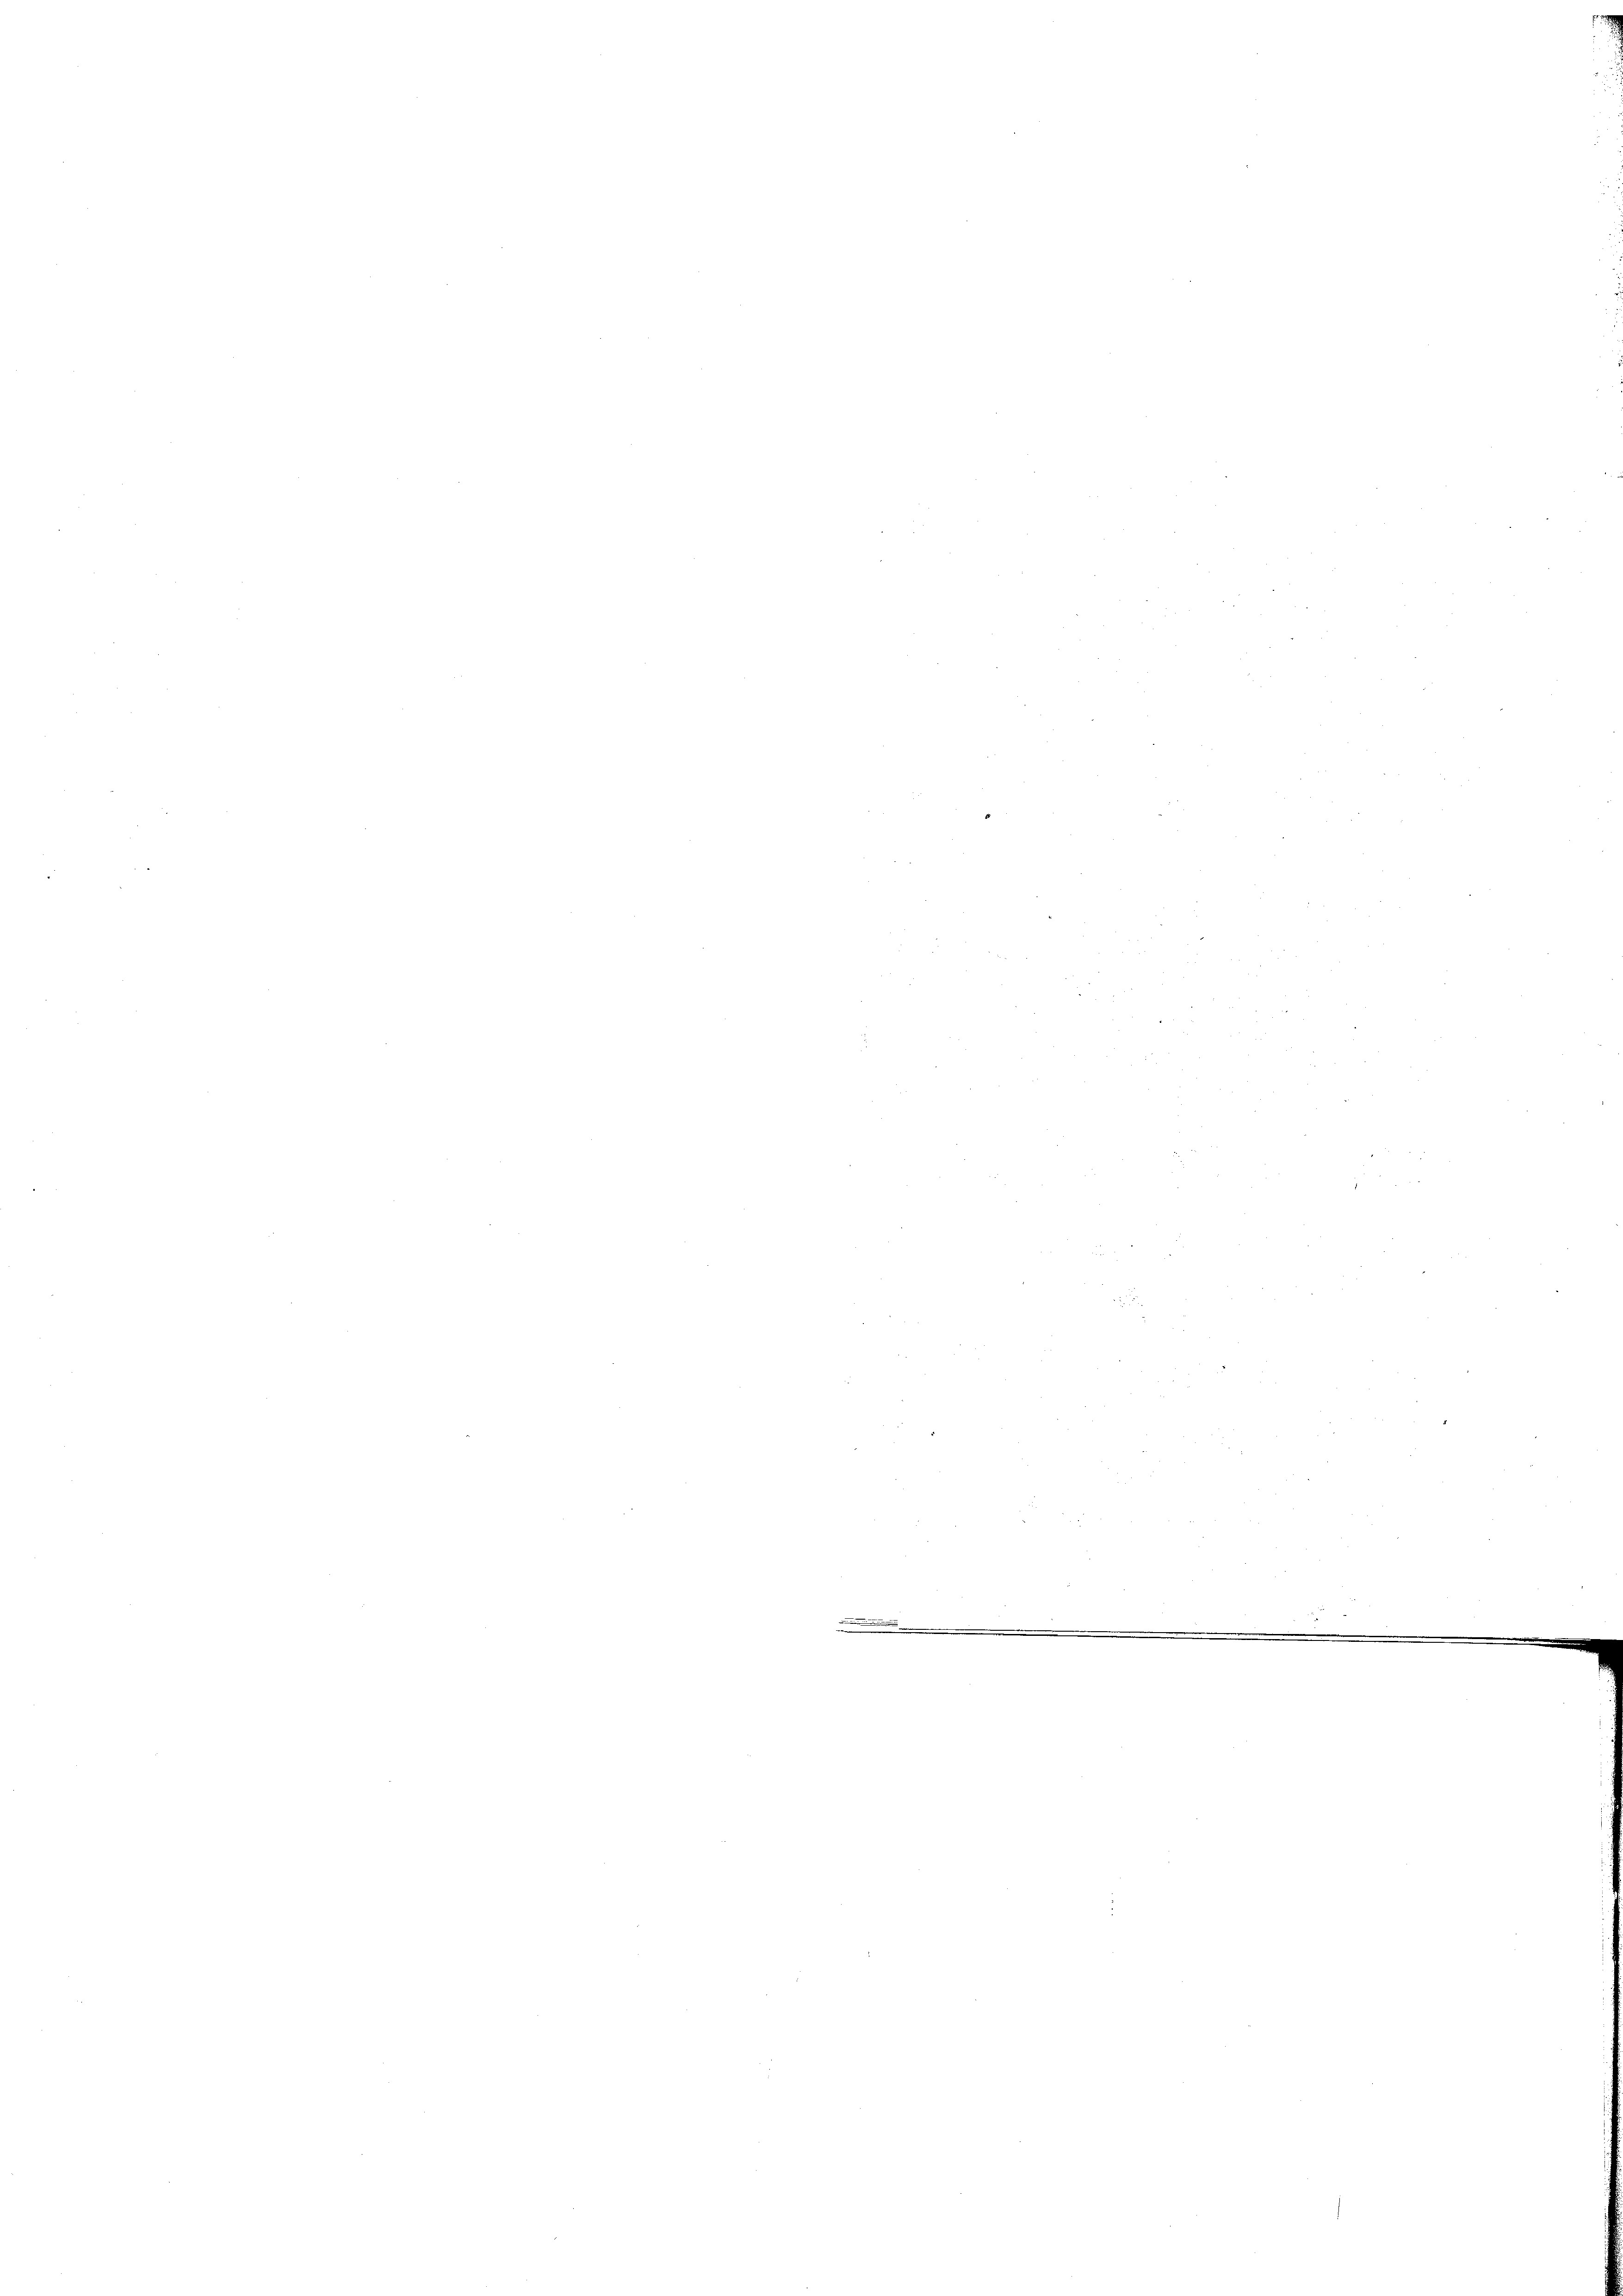
ndi
.